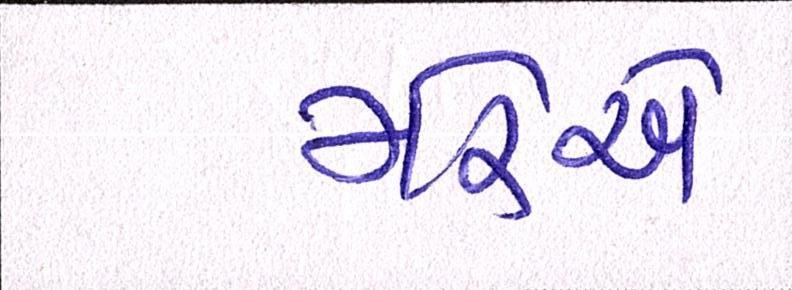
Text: મરેએ